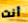
أنت